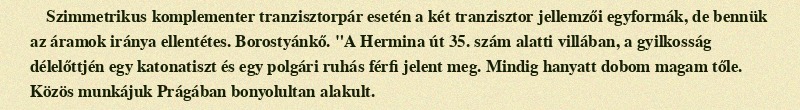
Szimmetrikus komplementer tranzisztorpár esetén a két tranzisztor jellemzői egyformák, de bennük az áramok iránya ellentétes. Borostyánkő. "A Hermina út 35. szám alatti villában, a gyilkosság délelőttjén egy katonatiszt és egy polgári ruhás férfi jelent meg. Mindig hanyatt dobom magam tőle. Közös munkájuk Prágában bonyolultan alakult.